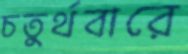
চতুর্থবারে